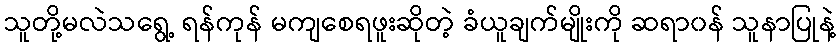
သူတို့မလဲသရွေ့ ရန်ကုန် မကျစေရဖူးဆိုတဲ့ ခံယူချက်မျိုးကို ဆရာ၀န် သူနာပြုနဲ့